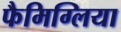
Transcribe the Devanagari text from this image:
फैमिग्लिया